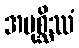
အပုစ္ဆိဿံ